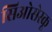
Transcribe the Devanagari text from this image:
सिओसेस्कू